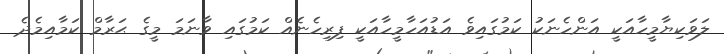
ލަވަކިޔާމީހާއަކީ އަންހެނަކު ކަމުގައިވެ އަޑުއަހާމީހާއަކީ ފިރިހެނެއް ކަމުގައި ވާނަމަ މީގެ ޙަރާމް ކަމާއިމެދެ